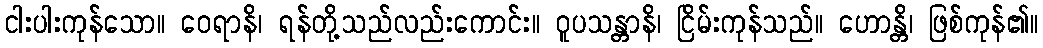
ငါးပါးကုန်သော။ ဝေရာနိ၊ ရန်တို့သည်လည်းကောင်း။ ဝူပသန္တာနိ၊ ငြိမ်းကုန်သည်။ ဟောန္တိ၊ ဖြစ်ကုန်၏။